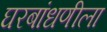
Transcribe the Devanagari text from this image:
घरबांधणीला